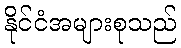
နိုင်ငံအများစုသည်